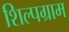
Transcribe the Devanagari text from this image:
शिल्‍पग्राम